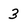
Character: 3